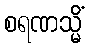
စရဏသ္မိံ